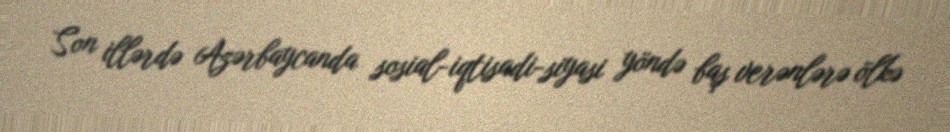
Son illərdə Azərbaycanda sosial-iqtisadi-siyasi yöndə baş verənlərə ölkə